Lunatic asylums Bombay report 1891-1903 - 1891-1903
Year: 1891
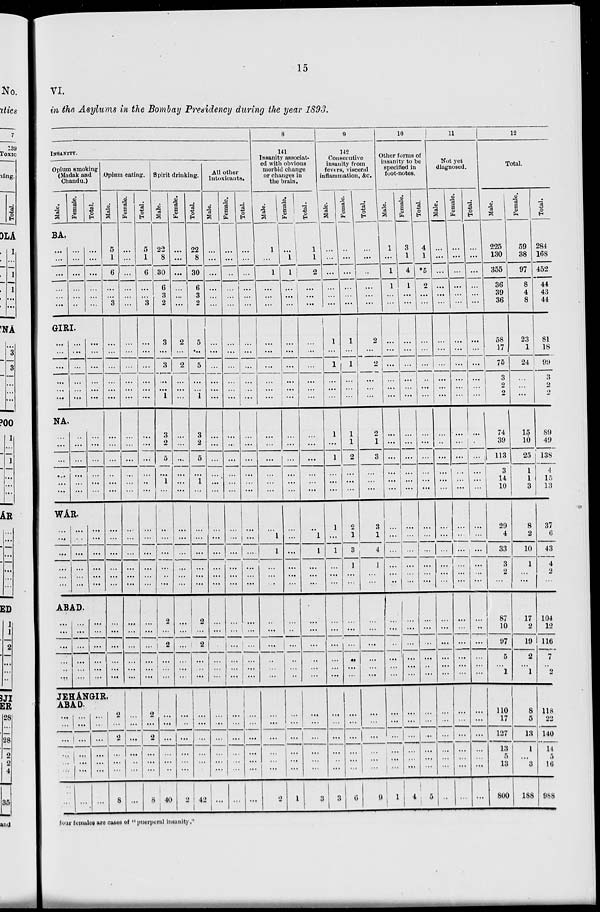
15
VI.
in the Asylums in the Bombay Presidency during the year 1893.
INSANITY.
Opium smoking
(Madak and
Chandu.)
Male.
Female.
Total.
BA,
...
...
...
...
...
...
...
...
...
...
...
...
...
...
...
...
...
...
GIRL
...
....
...
. . .
...
...
...
...
...
...
...
...
...
...
...
...
...
...
NA.
...
...
...
...
...
...
...
...
...
. . .
. . .
...
...
...
...
...
...
...
WA' R.
...
...
...
...
...
...
...
...
...
...
...
...
...
...
...
. . .
...
. ..
ABAD.
...
...
...
...
...
...
...
...
...
...
...
...
...
...
...
...
. ..
...
Opium eating.
Male.
5
1
6
...
...
3
...
...
...
...
...
...
...
...
...
..
...
...
...
...
...
...
...
...
...
...
...
...
...
...
JEHA'NGIR,
ABAD.
...
...
...
...
...
...
...
...
...
...
...
...
...
...
...
...
...
...
...
...
...
2
...
2
...
...
...
8
Female.
...
...
...
...
...
...
. . .
...
...
...
...
...
...
...
...
...
...
...
. . .
...
...
...
...
...
...
...
...
...
...
...
...
...
. ..
...
...
...
...
Total.
5
1
6
...
...
3
...
...
...
...
...
...
...
. . .
...
...
...
...
...
...
...
...
...
...
Spirit drinking.
Male.
22
8
30
6
3
2
3
...
3
...
. ..
1
3
2
5
...
1
...
.. .
...
...
...
..
...
...
...
...
. ..
...
...
2
...
2
...
...
...
8
2
...
2
...
...
...
...
. ..
...
...
...
...
40
Female.
...
...
...
...
...
...
2
...
2
...
...
...
...
...
...
...
...
...
. . .
...
...
...
...
...
...
...
...
...
...
...
...
...
...
...
...
...
2
Total.
22
8
30
6
3
2
5
...
5
...
...
1
3
2
5
...
1
...
...
...
...
...
...
...
2
...
2
...
...
...
...
...
...
...
...
...
42
All other
Intoxicants.
Male.
Female.
...
...
...
...
...
...
...
. . .
...
...
...
...
...
...
...
...
...
...
...
...
...
...
...
...
...
...
...
...
...
...
...
...
...
...
...
...
...
...
...
...
...
...
...
...
...
...
...
. . .
...
...
...
...
...
...
...
...
...
...
. . .
...
...
...
...
...
...
...
...
...
...
...
...
...
...
...
Total.
8
141
Insanity associat-
ed with obvious
morbid change
or changes in
the brain.
Male.
Female.
Total.
9
142
Consecutive
insanity from
fevers, visceral
inflammation, &c.
Male.
Female.
Total.
10
Other forms of
insanity to be
specified in
foot-notes.
Male.
...
...
...
...
...
...
...
...
...
...
...
...
...
...
...
...
...
...
...
...
...
...
...
...
...
...
...
...
...
...
...
...
...
...
...
...
...
1
...
1
...
...
...
...
...
. . .
...
. . .
...
...
...
...
...
...
...
...
1
1
...
...
...
...
...
...
...
...
...
...
...
...
...
...
...
2
...
1
1
...
...
...
...
...
...
...
...
...
...
...
...
...
...
...
...
...
...
...
...
...
...
..
...
...
...
...
...
...
...
...
...
...
1
1
1
2
...
...
...
...
...
...
...
...
...
...
...
...
...
...
. . .
...
1
1
...
...
...
...
...
...
...
...
...
...
...
...
...
...
...
3
...
...
...
...
...
...
1
...
1
...
...
...
1
. . .
1
...
...
...
1
...
1
...
...
...
...
...
...
...
...
...
...
...
...
...
...
...
3
...
. . .
...
...
... 1
...
1
...
1
...
...
...
1
1
2
...
. . .
...
2
1
3
1
...
...
...
...
...
...
...
...
...
...
...
...
...
...
6
...
...
...
...
...
...
2
...
2
...
...
...
2
1
3
...
...
...
3
1
4
1
...
...
...
...
...
...
...
. ..
...
...
...
...
...
...
9
1
...
1
...
...
...
...
...
...
...
...
...
...
...
...
...
...
...
...
...
...
...
...
...
...
...
...
...
...
...
...
...
...
...
...
1
Female.
Total.
3
1
4
1
...
...
...
...
...
...
...
...
...
...
...
...
...
...
...
...
...
...
...
...
...
...
...
...
...
...
...
...
...
...
...
...
4
4
1
.5
2
. . .
...
...
...
...
...
...
...
...
...
...
. ..
...
...
...
...
...
. . .
. . .
...
...
...
...
...
...
...
...
. . .
. . .
...
5
11
Not yet
diagnosed.
Male.
Female.
...
...
...
...
. ..
...
...
...
...
...
...
...
...
..
...
...
...
...
...
...
...
...
...
. . .
...
...
...
...
...
. ..
...
. ..
...
...
...
...
...
...
...
...
. . .
...
...
...
...
...
...
...
...
...
...
...
...
...
...
...
...
...
...
...
...
...
...
...
...
...
...
...
...
...
...
...
...
Total.
12
Total.
Male.
...
...
...
...
. . .
...
. ..
...
...
...
...
225
130
355
36
39
36
58
17
75
5 2
2
...
...
...
...
...
...
...
...
...
...
...
...
...
...
...
...
...
...
...
...
...
...
...
...
...
74
39
113
3
14
10
29
4
33
3
2
...
87
10
97
5
...
1
110
17
127
13
5
13
800
Female.
59
38
97
8
4
8
23
1
24
...
...
15
10
25
1
1
3
8
2
10
1
...
...
17
2
19
2
...
1
8
5
13
1
...
3
188
Total.
284
168
452
44
43
44
81
18
99
3
2
2
89
49
138
4
15
13
37
6
43
4
2
...
104
12
116
7
...
2
118
22
140
14
5
16
988
four females are cases of "puerperal insanity."